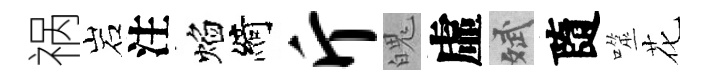
祸岩注焰綺斤魄虛斌隨噬花